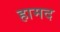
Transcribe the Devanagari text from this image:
हामद